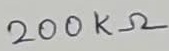
Text: 200KΩ